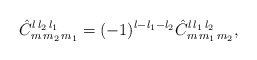
\begin{align*}\hat{C}^{l\,l_2\,l_1}_{m\,m_2\,m_1} = (-1)^{l-l_1-l_2}\hat{C}^{l\,l_1\,l_2}_{m\,m_1\,m_2},\end{align*}